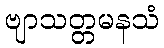
ဗျာသတ္တမနသံ